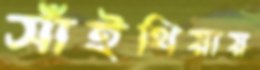
সাঁইথিয়ায়